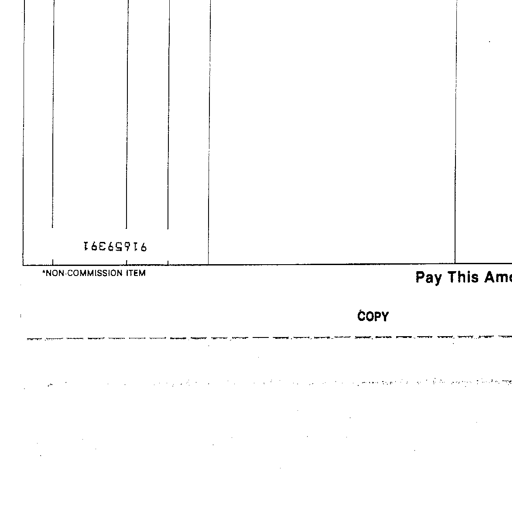
91659391
*NON COMMISSION ITEM
Pay This Am
COPY